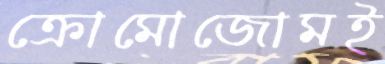
ক্রোমোজোমই